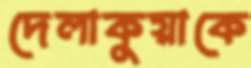
দেলাকুয়াকে